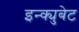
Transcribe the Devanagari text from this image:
इन्क्युबेट